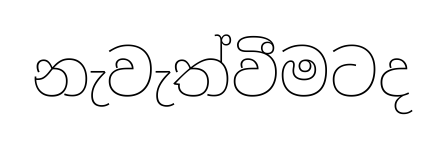
නැවැත්වීමටද